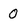
Character: O